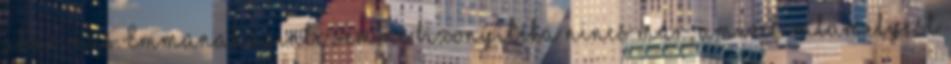
akár más.Emmanak szinte semmi bizonyítéka nincs már, amivel valamelyest